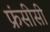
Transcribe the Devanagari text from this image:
फ्रंसीसी